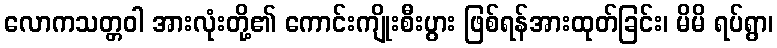
လောကသတ္တဝါ အားလုံးတို့၏ ကောင်းကျိုးစီးပွား ဖြစ်ရန်အားထုတ်ခြင်း၊ မိမိ ရပ်ရွာ၊